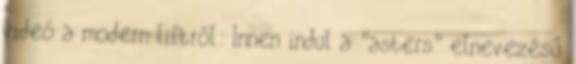
videó a modern liftről: Innen indul a "asters" elnevezésű